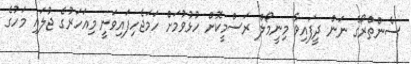
ސެންތްރޯގެ ނަން ދީފައިވާ މިނީމޯލް ރަސްމީކޮށް ހުޅުވުމަށް ހަމަޖެހިފައިވަނީ މިއަހަރުގެ ޖުލައި މަހުގެ